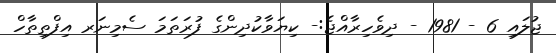
ޖުލައި 6 - 1981 - ދިވެހިރާއްޖެ:- ކިޔަވާކުދިންގެ ފުރަތަމަ ސެމިނަރ އިފްތިތާހް